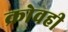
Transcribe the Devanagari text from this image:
क्रोवही